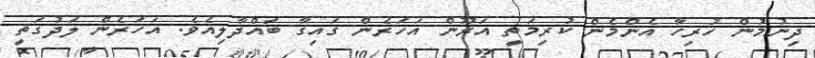
ދިނުމުން ހުރިހާ އެންމެން ކުރިމަތީ އަރޫން އަހަރެން ގައިގާ ބައްދާލިއެވެ. އަހަރެން ލަދުގަތީ